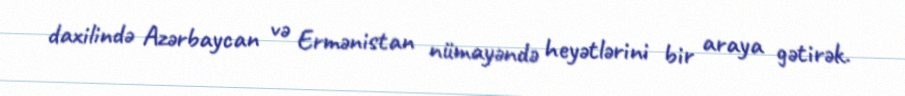
daxilində Azərbaycan və Ermənistan nümayəndə heyətlərini bir araya gətirək.